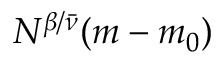
N ^ { \beta / \bar { \nu } } ( m - m _ { 0 } )